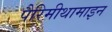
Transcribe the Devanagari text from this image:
पैरिमीथामाइन